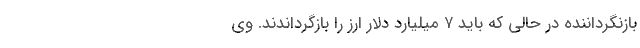
بازنگرداننده در حالی که باید ۷ میلیارد دلار ارز را بازگرداندند. وی